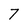
Character: 7